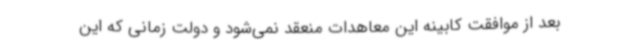
بعد از موافقت کابینه این معاهدات منعقد نمی‌شود و دولت زمانی که این